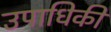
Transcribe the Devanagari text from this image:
उपाधिकी